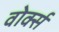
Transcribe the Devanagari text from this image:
वोर्क्स